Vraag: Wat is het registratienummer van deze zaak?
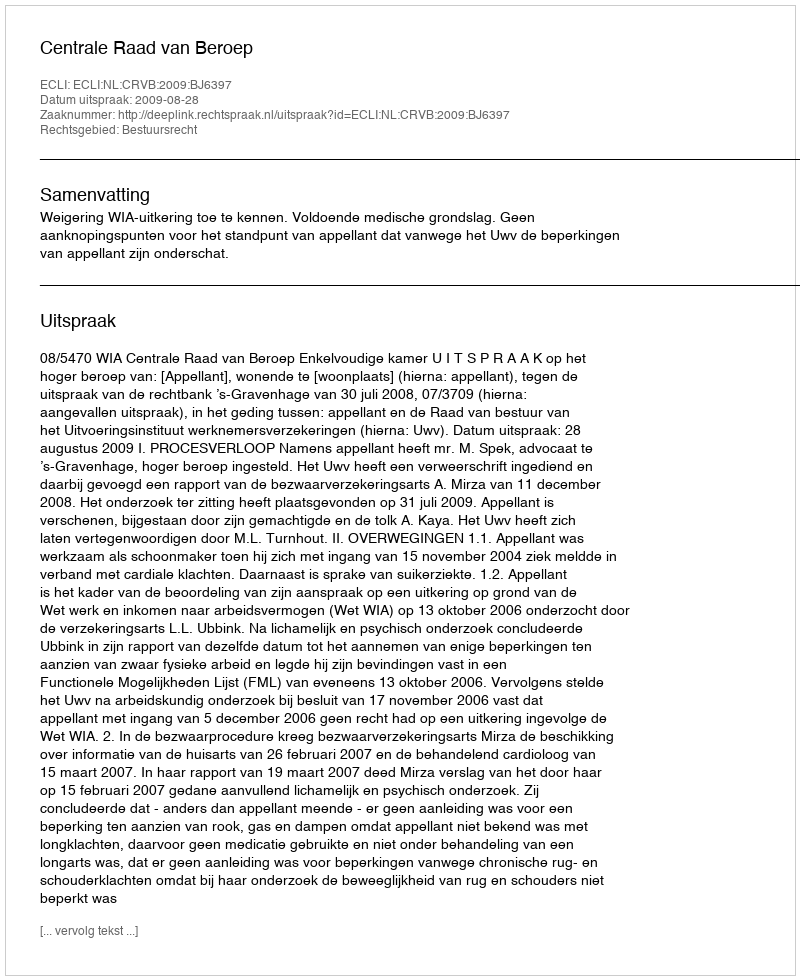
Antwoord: http://deeplink.rechtspraak.nl/uitspraak?id=ECLI:NL:CRVB:2009:BJ6397